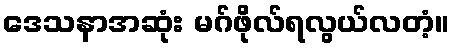
ဒေသနာအဆုံး မဂ်ဖိုလ်ရလွယ်လတံ့။